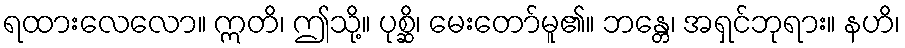
ရထားလေလော။ ဣတိ၊ ဤသို့။ ပုစ္ဆိ၊ မေးတော်မူ၏။ ဘန္တေ၊ အရှင်ဘုရား။ နဟိ၊